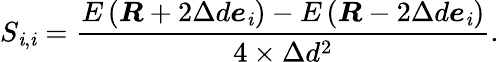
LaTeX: {S}_{{\mathit{i}},{\mathit{i}}}=\frac{{{E}\left(\boldsymbol{R}+2\Delta{d}\boldsymbol{e}_{\mathit{i}}\right)-E\left(\boldsymbol{R}-2\Delta{d}\boldsymbol{e}_{\mathit{i}}\right)}}{{4\times\Delta{d}^{2}}}.